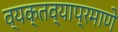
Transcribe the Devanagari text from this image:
व्यक्तव्याप्रमाणे